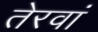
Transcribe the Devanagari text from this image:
तेरवां